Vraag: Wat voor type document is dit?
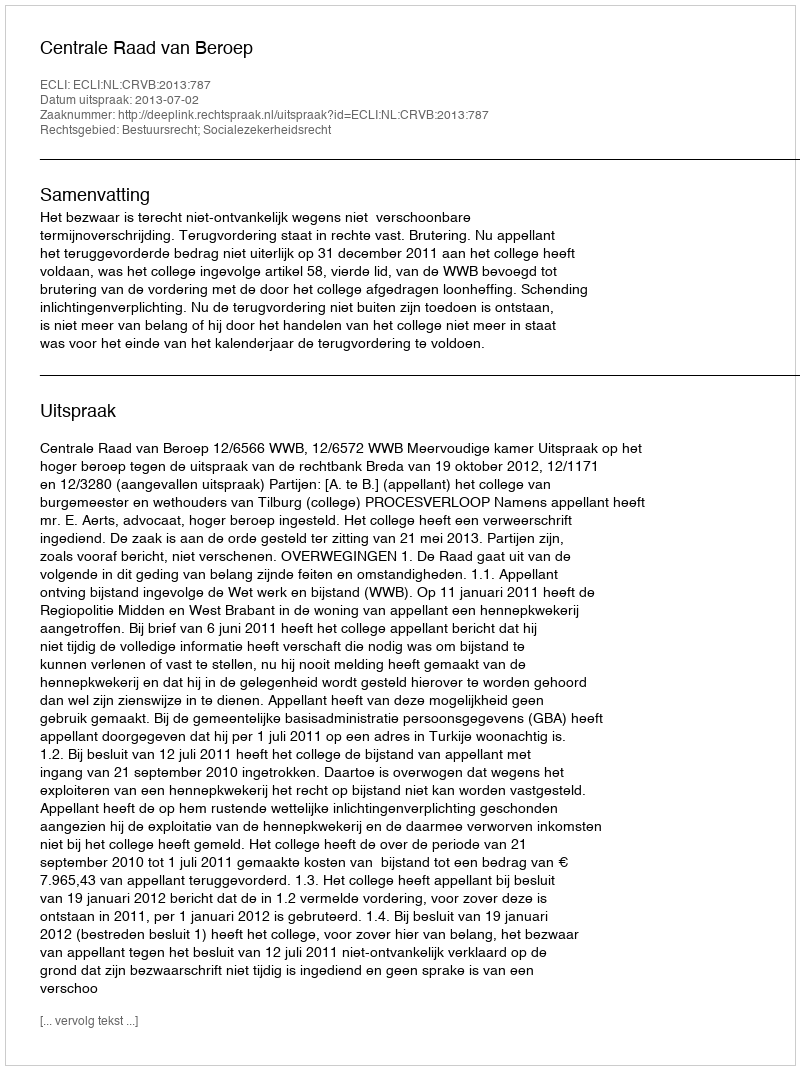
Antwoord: Uitspraak